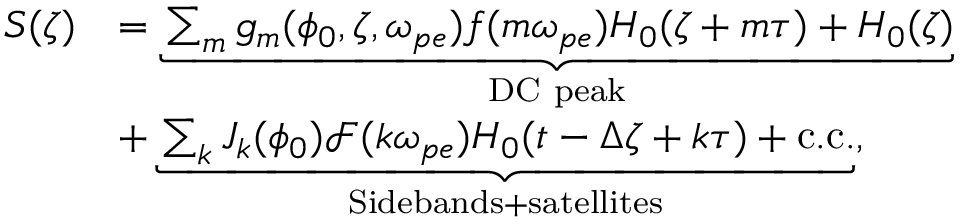
\begin{array} { r l } { S ( \zeta ) } & { = \underbrace { \sum _ { m } g _ { m } ( \phi _ { 0 } , \zeta , \omega _ { p e } ) f ( m \omega _ { p e } ) H _ { 0 } ( \zeta + m \tau ) + H _ { 0 } ( \zeta ) } _ { \mathrm { D C ~ p e a k } } } \\ & { + \underbrace { \sum _ { k } J _ { k } ( \phi _ { 0 } ) \mathcal { F } ( k \omega _ { p e } ) H _ { 0 } ( t - \Delta \zeta + k \tau ) + \mathrm { c . c . } } _ { \mathrm { S i d e b a n d s + s a t e l l i t e s } } , } \end{array}